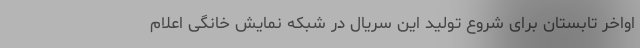
اواخر تابستان برای شروع تولید این سریال در شبکه نمایش خانگی اعلام